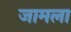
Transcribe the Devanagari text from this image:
जामला